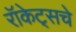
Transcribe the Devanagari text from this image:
रॉकेट्‌सचे